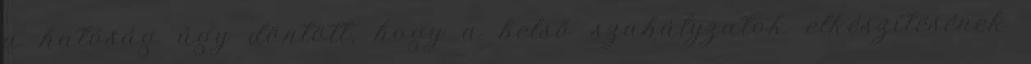
a hatóság úgy döntött, hogy a belső szabályzatok elkészítésének